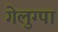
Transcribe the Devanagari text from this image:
गेलुग्पा